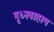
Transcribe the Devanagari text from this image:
गृध्नवाहाय